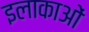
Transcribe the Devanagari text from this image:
इलाकाओं